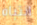
انتباه